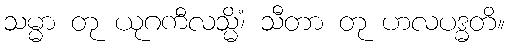
သမ္မာ တု ယုဂကီလသ္မိံ၊ သီတာ တု ဟလပဒ္ဓတိ။